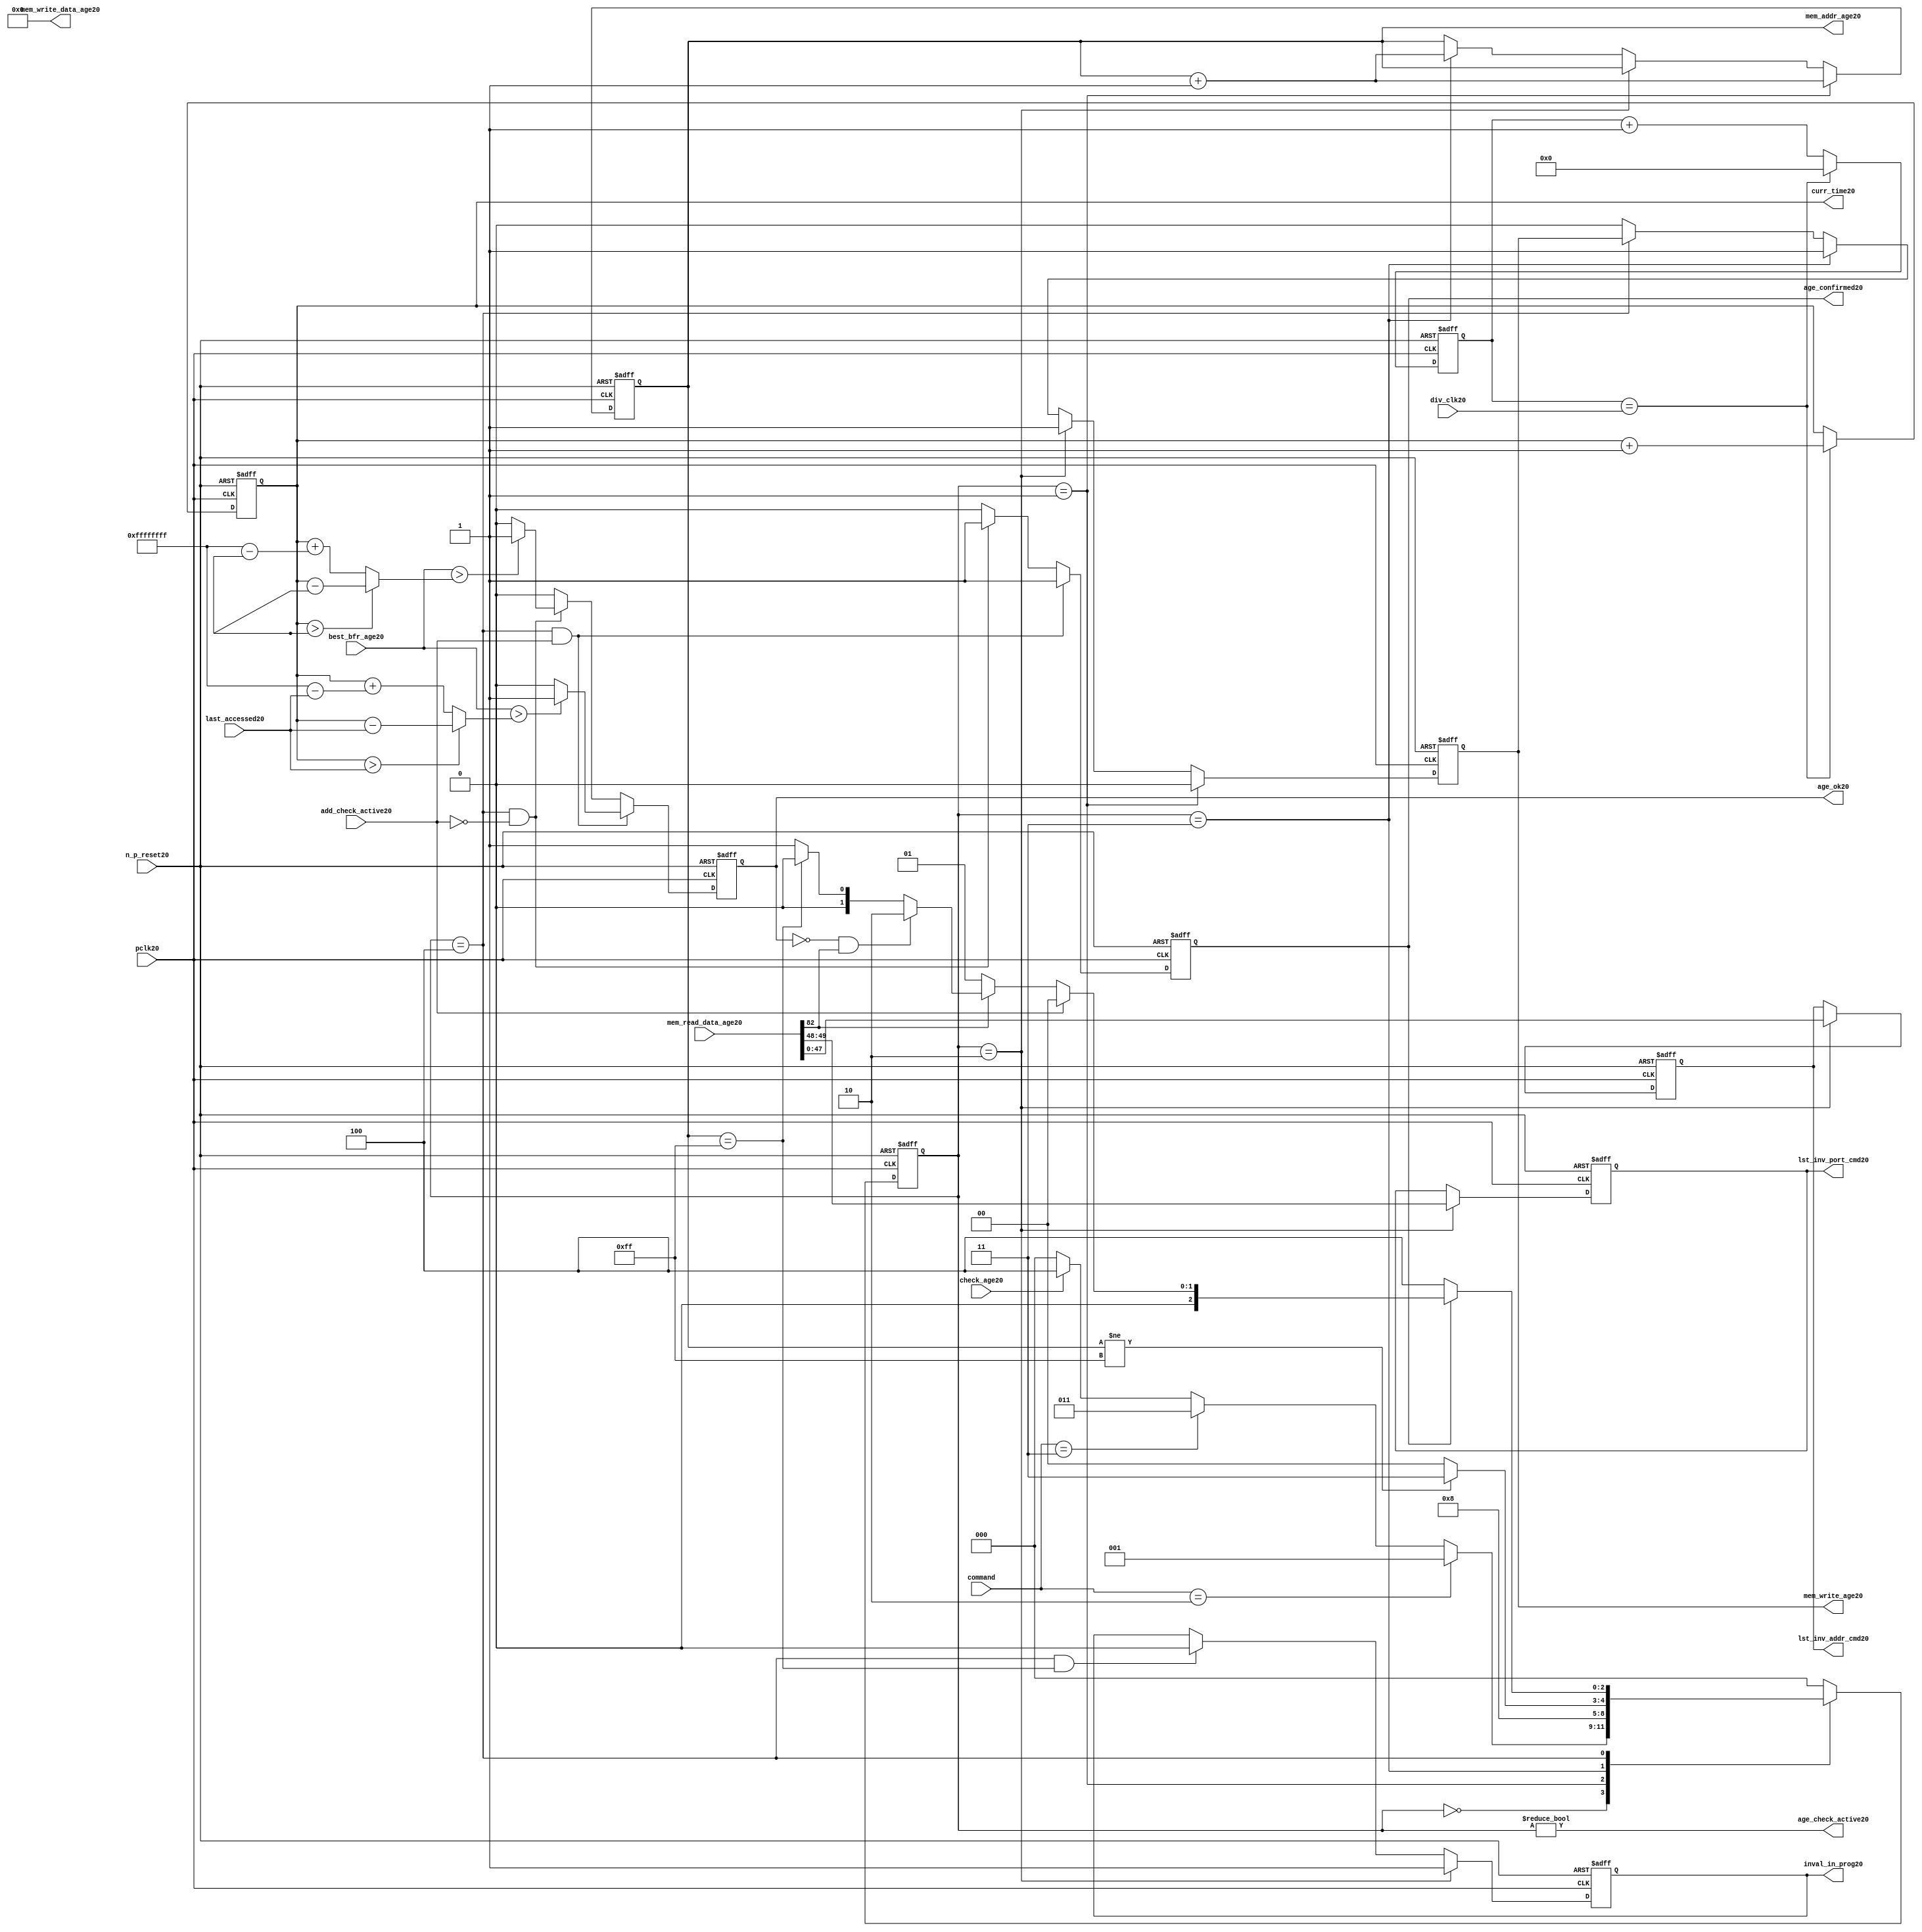
//File20 name   : alut_age_checker20.v
//Title20       : 
//Created20     : 1999
//Description20 : 
//Notes20       : 
//----------------------------------------------------------------------
//   Copyright20 1999-2010 Cadence20 Design20 Systems20, Inc20.
//   All Rights20 Reserved20 Worldwide20
//
//   Licensed20 under the Apache20 License20, Version20 2.0 (the
//   "License20"); you may not use this file except20 in
//   compliance20 with the License20.  You may obtain20 a copy of
//   the License20 at
//
//       http20://www20.apache20.org20/licenses20/LICENSE20-2.0
//
//   Unless20 required20 by applicable20 law20 or agreed20 to in
//   writing, software20 distributed20 under the License20 is
//   distributed20 on an "AS20 IS20" BASIS20, WITHOUT20 WARRANTIES20 OR20
//   CONDITIONS20 OF20 ANY20 KIND20, either20 express20 or implied20.  See
//   the License20 for the specific20 language20 governing20
//   permissions20 and limitations20 under the License20.
//----------------------------------------------------------------------

module alut_age_checker20
(   
   // Inputs20
   pclk20,
   n_p_reset20,
   command,          
   div_clk20,          
   mem_read_data_age20,
   check_age20,        
   last_accessed20, 
   best_bfr_age20,   
   add_check_active20,

   // outputs20
   curr_time20,         
   mem_addr_age20,      
   mem_write_age20,     
   mem_write_data_age20,
   lst_inv_addr_cmd20,    
   lst_inv_port_cmd20,  
   age_confirmed20,     
   age_ok20,
   inval_in_prog20,  
   age_check_active20          
);   

   input               pclk20;               // APB20 clock20                           
   input               n_p_reset20;          // Reset20                               
   input [1:0]         command;            // command bus                        
   input [7:0]         div_clk20;            // clock20 divider20 value
   input [82:0]        mem_read_data_age20;  // read data from memory             
   input               check_age20;          // request flag20 for age20 check
   input [31:0]        last_accessed20;      // time field sent20 for age20 check
   input [31:0]        best_bfr_age20;       // best20 before age20
   input               add_check_active20;   // active flag20 from address checker

   output [31:0]       curr_time20;          // current time,for storing20 in mem    
   output [7:0]        mem_addr_age20;       // address for R/W20 to memory     
   output              mem_write_age20;      // R/W20 flag20 (write = high20)            
   output [82:0]       mem_write_data_age20; // write data for memory             
   output [47:0]       lst_inv_addr_cmd20;   // last invalidated20 addr normal20 op    
   output [1:0]        lst_inv_port_cmd20;   // last invalidated20 port normal20 op    
   output              age_confirmed20;      // validates20 age_ok20 result 
   output              age_ok20;             // age20 checker result - set means20 in-date20
   output              inval_in_prog20;      // invalidation20 in progress20
   output              age_check_active20;   // bit 0 of status register           

   reg  [2:0]          age_chk_state20;      // age20 checker FSM20 current state
   reg  [2:0]          nxt_age_chk_state20;  // age20 checker FSM20 next state
   reg  [7:0]          mem_addr_age20;     
   reg                 mem_write_age20;    
   reg                 inval_in_prog20;      // invalidation20 in progress20
   reg  [7:0]          clk_div_cnt20;        // clock20 divider20 counter
   reg  [31:0]         curr_time20;          // current time,for storing20 in mem  
   reg                 age_confirmed20;      // validates20 age_ok20 result 
   reg                 age_ok20;             // age20 checker result - set means20 in-date20
   reg [47:0]          lst_inv_addr_cmd20;   // last invalidated20 addr normal20 op    
   reg [1:0]           lst_inv_port_cmd20;   // last invalidated20 port normal20 op    

   wire  [82:0]        mem_write_data_age20;
   wire  [31:0]        last_accessed_age20;  // read back time by age20 checker
   wire  [31:0]        time_since_lst_acc_age20;  // time since20 last accessed age20
   wire  [31:0]        time_since_lst_acc20; // time since20 last accessed address
   wire                age_check_active20;   // bit 0 of status register           

// Parameters20 for Address Checking20 FSM20 states20
   parameter idle20           = 3'b000;
   parameter inval_aged_rd20  = 3'b001;
   parameter inval_aged_wr20  = 3'b010;
   parameter inval_all20      = 3'b011;
   parameter age_chk20        = 3'b100;

   parameter max_addr       = 8'hff;
   parameter max_cnt20        = 32'hffff_ffff;

// -----------------------------------------------------------------------------
//   Generate20 current time counter
// -----------------------------------------------------------------------------
always @ (posedge pclk20 or negedge n_p_reset20)
   begin
   if (~n_p_reset20)
      clk_div_cnt20 <= 8'd0;
   else if (clk_div_cnt20 == div_clk20)
      clk_div_cnt20 <= 8'd0; 
   else 
      clk_div_cnt20 <= clk_div_cnt20 + 1'd1;
   end


always @ (posedge pclk20 or negedge n_p_reset20)
   begin
   if (~n_p_reset20)
      curr_time20 <= 32'd0;
   else if (clk_div_cnt20 == div_clk20)
      curr_time20 <= curr_time20 + 1'd1;
   end


// -----------------------------------------------------------------------------
//   Age20 checker State20 Machine20 
// -----------------------------------------------------------------------------
always @ (command or check_age20 or age_chk_state20 or age_confirmed20 or age_ok20 or
          mem_addr_age20 or mem_read_data_age20[82])
   begin
      case (age_chk_state20)
      
      idle20:
         if (command == 2'b10)
            nxt_age_chk_state20 = inval_aged_rd20;
         else if (command == 2'b11)
            nxt_age_chk_state20 = inval_all20;
         else if (check_age20)
            nxt_age_chk_state20 = age_chk20;
         else
            nxt_age_chk_state20 = idle20;

      inval_aged_rd20:
            nxt_age_chk_state20 = age_chk20;

      inval_aged_wr20:
            nxt_age_chk_state20 = idle20;

      inval_all20:
         if (mem_addr_age20 != max_addr)
            nxt_age_chk_state20 = inval_all20;  // move20 onto20 next address
         else
            nxt_age_chk_state20 = idle20;

      age_chk20:
         if (age_confirmed20)
            begin
            if (add_check_active20)                     // age20 check for addr chkr20
               nxt_age_chk_state20 = idle20;
            else if (~mem_read_data_age20[82])      // invalid, check next location20
               nxt_age_chk_state20 = inval_aged_rd20; 
            else if (~age_ok20 & mem_read_data_age20[82]) // out of date20, clear 
               nxt_age_chk_state20 = inval_aged_wr20;
            else if (mem_addr_age20 == max_addr)    // full check completed
               nxt_age_chk_state20 = idle20;     
            else 
               nxt_age_chk_state20 = inval_aged_rd20; // age20 ok, check next location20 
            end       
         else
            nxt_age_chk_state20 = age_chk20;

      default:
            nxt_age_chk_state20 = idle20;
      endcase
   end



always @ (posedge pclk20 or negedge n_p_reset20)
   begin
   if (~n_p_reset20)
      age_chk_state20 <= idle20;
   else
      age_chk_state20 <= nxt_age_chk_state20;
   end


// -----------------------------------------------------------------------------
//   Generate20 memory RW bus for accessing array when requested20 to invalidate20 all
//   aged20 addresses20 and all addresses20.
// -----------------------------------------------------------------------------
always @ (posedge pclk20 or negedge n_p_reset20)
   begin
   if (~n_p_reset20)
   begin
      mem_addr_age20 <= 8'd0;     
      mem_write_age20 <= 1'd0;    
   end
   else if (age_chk_state20 == inval_aged_rd20)  // invalidate20 aged20 read
   begin
      mem_addr_age20 <= mem_addr_age20 + 1'd1;     
      mem_write_age20 <= 1'd0;    
   end
   else if (age_chk_state20 == inval_aged_wr20)  // invalidate20 aged20 read
   begin
      mem_addr_age20 <= mem_addr_age20;     
      mem_write_age20 <= 1'd1;    
   end
   else if (age_chk_state20 == inval_all20)  // invalidate20 all
   begin
      mem_addr_age20 <= mem_addr_age20 + 1'd1;     
      mem_write_age20 <= 1'd1;    
   end
   else if (age_chk_state20 == age_chk20)
   begin
      mem_addr_age20 <= mem_addr_age20;     
      mem_write_age20 <= mem_write_age20;    
   end
   else 
   begin
      mem_addr_age20 <= mem_addr_age20;     
      mem_write_age20 <= 1'd0;    
   end
   end

// age20 checker will only ever20 write zero values to ALUT20 mem
assign mem_write_data_age20 = 83'd0;



// -----------------------------------------------------------------------------
//   Generate20 invalidate20 in progress20 flag20 (bit 1 of status register)
// -----------------------------------------------------------------------------
always @ (posedge pclk20 or negedge n_p_reset20)
   begin
   if (~n_p_reset20)
      inval_in_prog20 <= 1'd0;
   else if (age_chk_state20 == inval_aged_wr20) 
      inval_in_prog20 <= 1'd1;
   else if ((age_chk_state20 == age_chk20) & (mem_addr_age20 == max_addr))
      inval_in_prog20 <= 1'd0;
   else
      inval_in_prog20 <= inval_in_prog20;
   end


// -----------------------------------------------------------------------------
//   Calculate20 whether20 data is still in date20.  Need20 to work20 out the real time
//   gap20 between current time and last accessed.  If20 this gap20 is greater than
//   the best20 before age20, then20 the data is out of date20. 
// -----------------------------------------------------------------------------
assign time_since_lst_acc20 = (curr_time20 > last_accessed20) ? 
                            (curr_time20 - last_accessed20) :  // no cnt wrapping20
                            (curr_time20 + (max_cnt20 - last_accessed20));

assign time_since_lst_acc_age20 = (curr_time20 > last_accessed_age20) ? 
                                (curr_time20 - last_accessed_age20) : // no wrapping20
                                (curr_time20 + (max_cnt20 - last_accessed_age20));


always @ (posedge pclk20 or negedge n_p_reset20)
   begin
   if (~n_p_reset20)
      begin
      age_ok20 <= 1'b0;
      age_confirmed20 <= 1'b0;
      end
   else if ((age_chk_state20 == age_chk20) & add_check_active20) 
      begin                                       // age20 checking for addr chkr20
      if (best_bfr_age20 > time_since_lst_acc20)      // still in date20
         begin
         age_ok20 <= 1'b1;
         age_confirmed20 <= 1'b1;
         end
      else   // out of date20
         begin
         age_ok20 <= 1'b0;
         age_confirmed20 <= 1'b1;
         end
      end
   else if ((age_chk_state20 == age_chk20) & ~add_check_active20)
      begin                                      // age20 checking for inval20 aged20
      if (best_bfr_age20 > time_since_lst_acc_age20) // still in date20
         begin
         age_ok20 <= 1'b1;
         age_confirmed20 <= 1'b1;
         end
      else   // out of date20
         begin
         age_ok20 <= 1'b0;
         age_confirmed20 <= 1'b1;
         end
      end
   else
      begin
      age_ok20 <= 1'b0;
      age_confirmed20 <= 1'b0;
      end
   end



// -----------------------------------------------------------------------------
//   Generate20 last address and port that was cleared20 in the invalid aged20 process
// -----------------------------------------------------------------------------
always @ (posedge pclk20 or negedge n_p_reset20)
   begin
   if (~n_p_reset20)
      begin
      lst_inv_addr_cmd20 <= 48'd0;
      lst_inv_port_cmd20 <= 2'd0;
      end
   else if (age_chk_state20 == inval_aged_wr20)
      begin
      lst_inv_addr_cmd20 <= mem_read_data_age20[47:0];
      lst_inv_port_cmd20 <= mem_read_data_age20[49:48];
      end
   else 
      begin
      lst_inv_addr_cmd20 <= lst_inv_addr_cmd20;
      lst_inv_port_cmd20 <= lst_inv_port_cmd20;
      end
   end


// -----------------------------------------------------------------------------
//   Set active bit of status, decoded20 off20 age_chk_state20
// -----------------------------------------------------------------------------
assign age_check_active20 = (age_chk_state20 != 3'b000);

endmodule